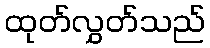
ထုတ်လွှတ်သည်